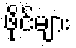
ဖိုင်များ